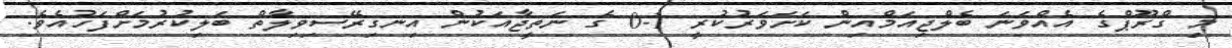
މި ގްރޫޕްގެ އެއްވަނަ ބެލްޖިއަމްއިން ކަށަވަރުކުރީ 1-0 ގެ ނަތީޖާއަކުން އިނގިރޭސިވިލާތް ބަލިކުރުމަށްފަހުއެވެ.